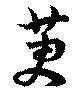
莄